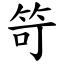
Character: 笴